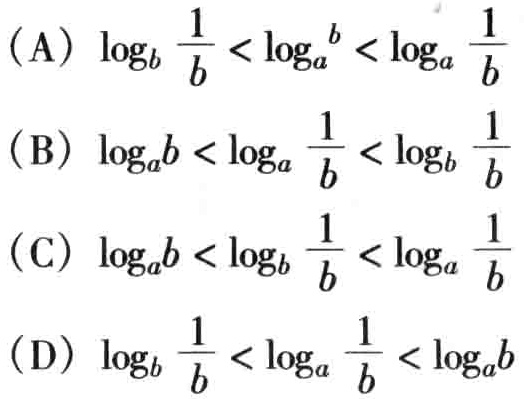
\((A)\ \log_{b}\frac{1}{b}<\log_{a}b<\log_{a}\frac{1}{b}\)
\((B)\ \log_{a}b<\log_{a}\frac{1}{b}<\log_{b}\frac{1}{b}\)
\((C)\ \log_{a}b<\log_{b}\frac{1}{b}<\log_{a}\frac{1}{b}\)
\((D)\ \log_{b}\frac{1}{b}<\log_{a}\frac{1}{b}<\log_{a}b\)